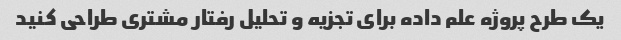
یک طرح پروژه علم داده برای تجزیه و تحلیل رفتار مشتری طراحی کنید